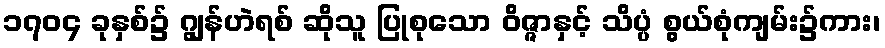
၁၇၀၄ ခုနှစ်၌ ဂျွန်ဟဲရစ် ဆိုသူ ပြုစုသော ဝိဇ္ဇာနှင့် သိပ္ပံ စွယ်စုံကျမ်း၌ကား၊